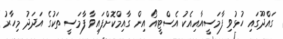
ގައްދޫގައި ހުޅުވި ފާމަސީއާއިއެކު އެސްޓީއޯ އިން ގާއިމްކޮށްފައިވާ ފާމަސީ ތަކުގެ އަދަދު މިހާރު